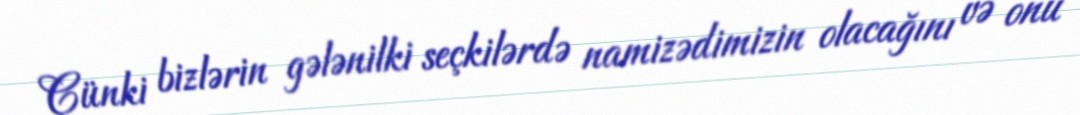
Çünki bizlərin gələnilki seçkilərdə namizədimizin olacağını və onu